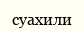
суахили